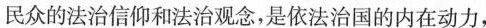
民众的法治信仰和法治观念，是依法治国的内在动力，